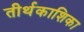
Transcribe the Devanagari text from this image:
तीर्थकाशिका